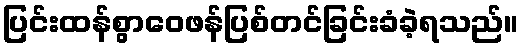
ပြင်းထန်စွာဝေဖန်ပြစ်တင်ခြင်းခံခဲ့ရသည်။